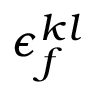
\epsilon _ { f } ^ { k l }